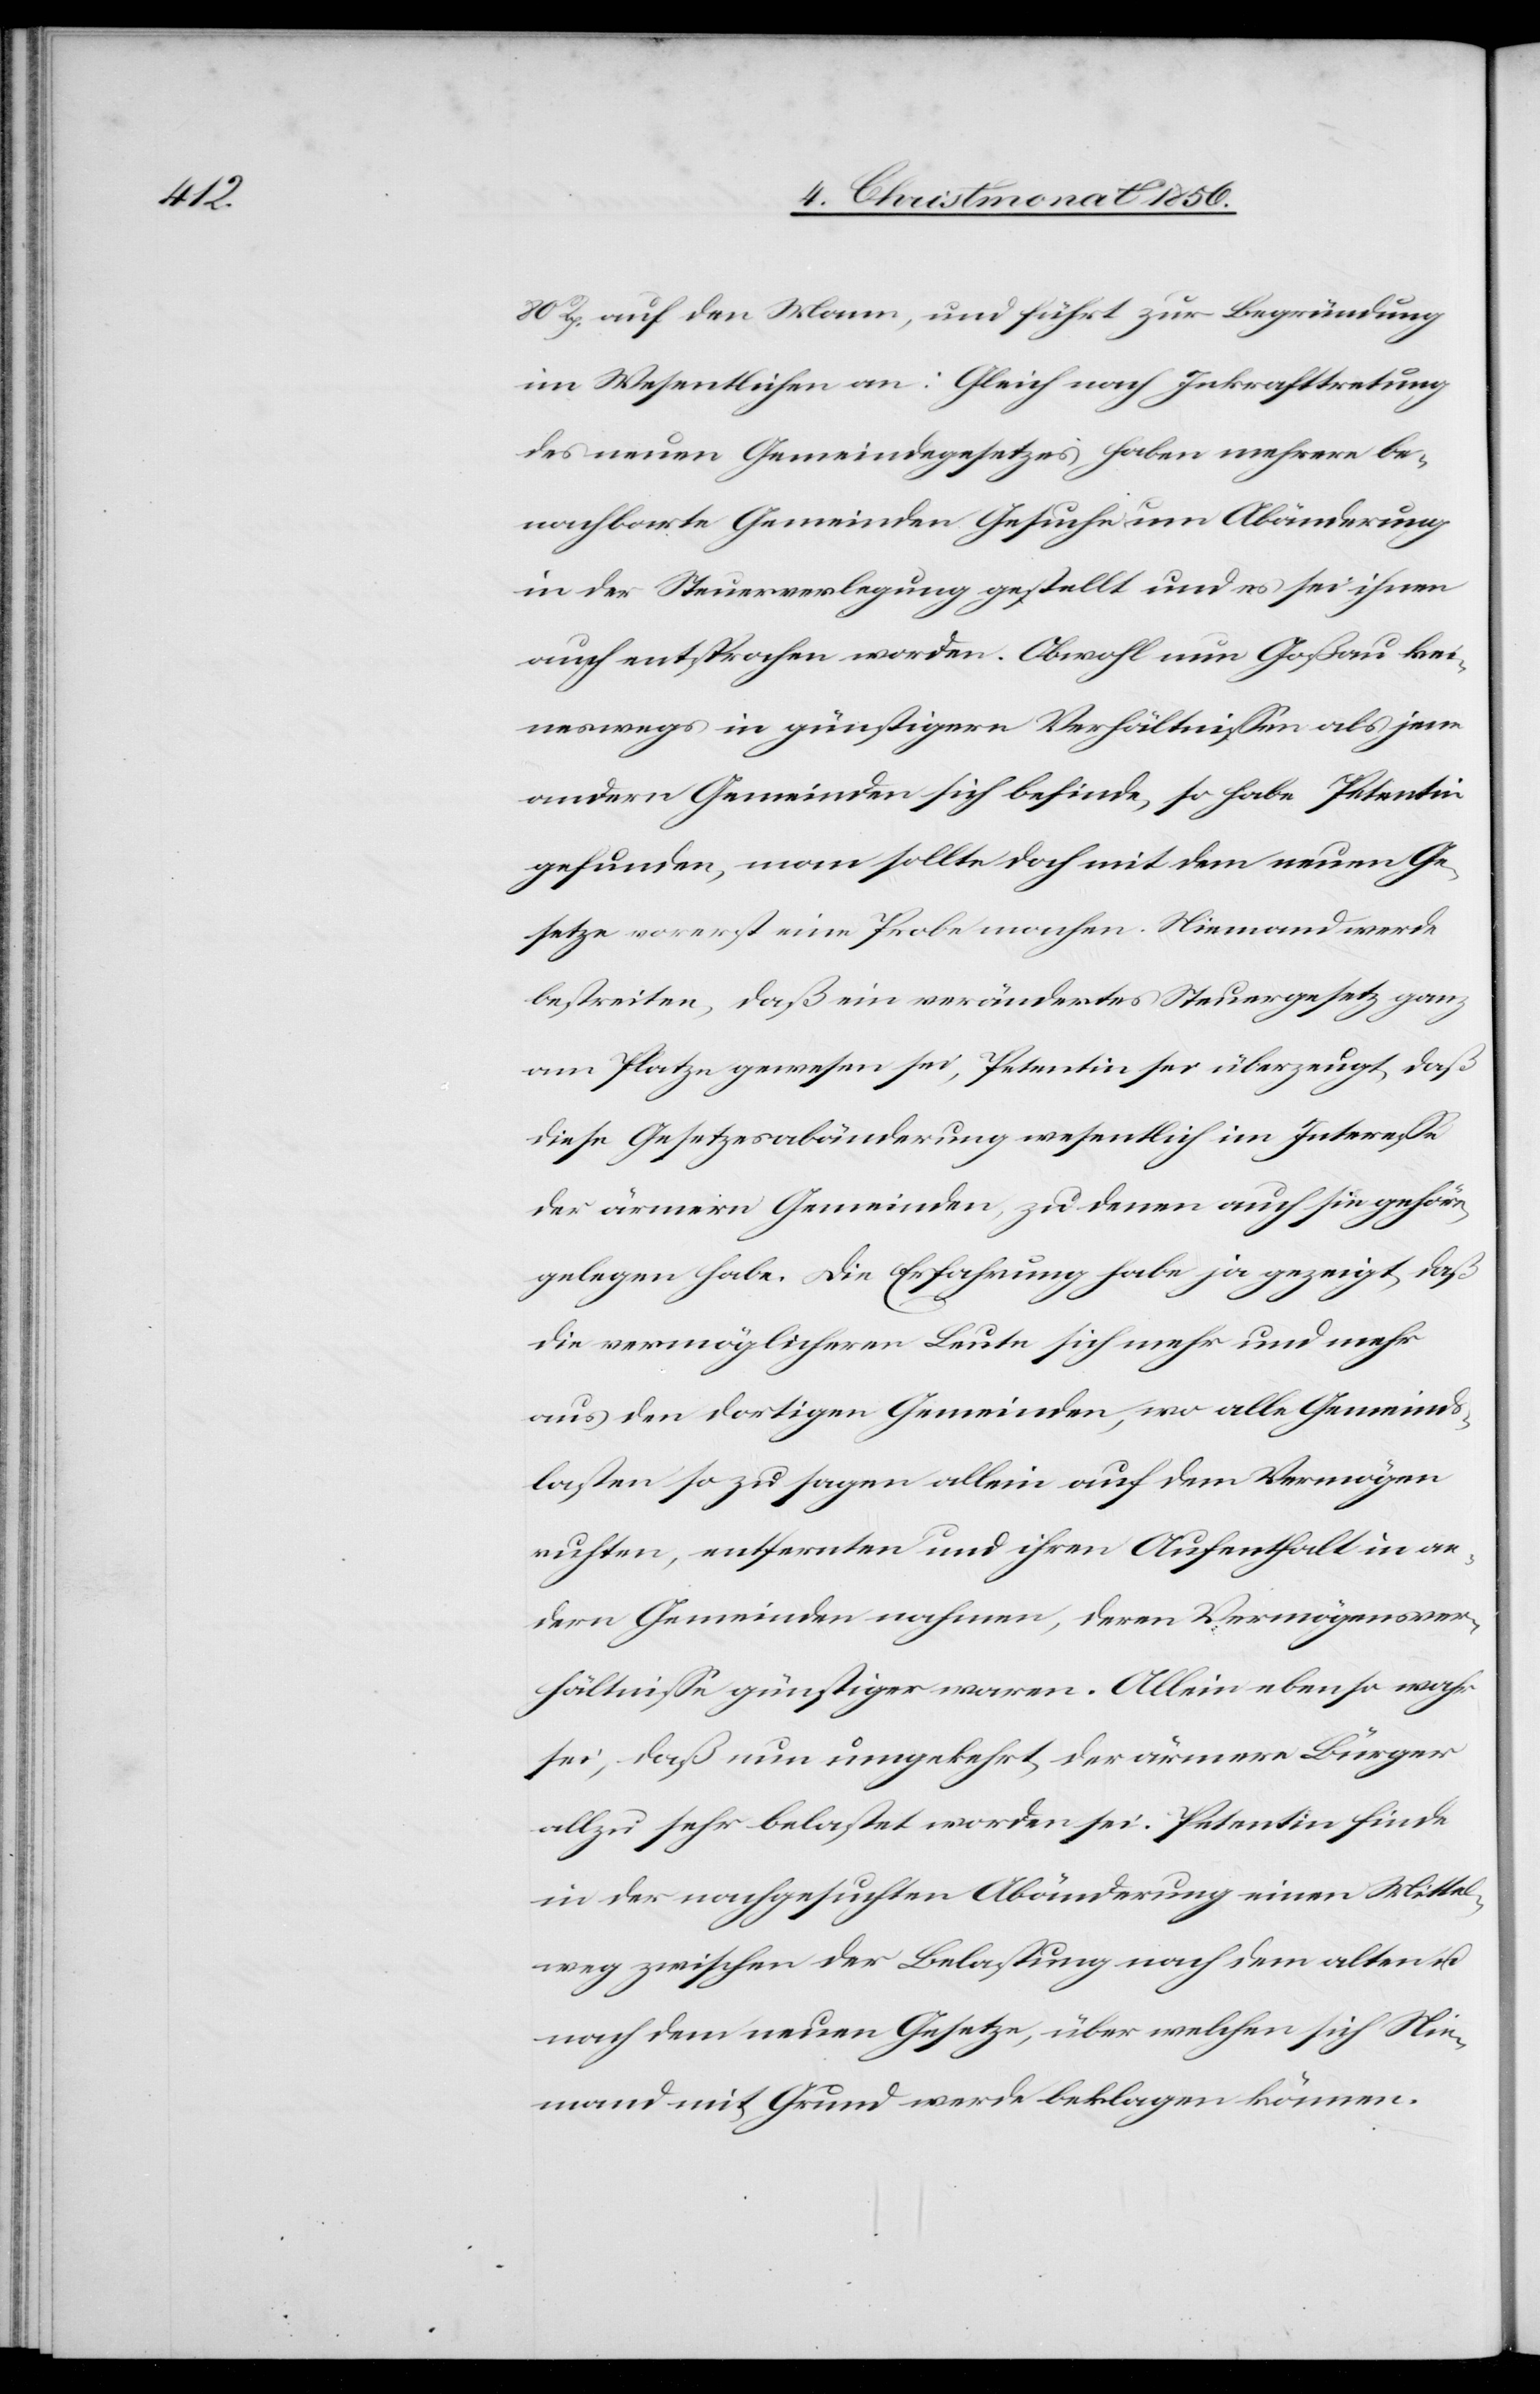
80 Rp. auf den Mann, und führt zur Begründung
im Wesentlichen an: Gleich nach Inkrafttretung
des neuen Gemeindegesetzes haben mehrere be¬
nachbarte Gemeinden Gesuche um Abänderung
in der Steuerverlegung gestellt und es sei ihnen
auch entsprochen worden. Obwohl nun Goßau kei¬
neswegs in günstigern Verhältnissen als jene
andern Gemeinden sich befinde, so habe Petentin
gefunden, man sollte doch mit dem neuen Ge¬
setze vorerst eine Probe machen. Niemand werde
bestreiten, daß ein verändertes Steuergesetz ganz
am Platze gewesen sei, Petentin sei überzeugt, daß
diese Gesetzesabänderung wesentlich im Interesse
der ärmern Gemeinden, zu denen auch sie gehöre,
gelegen habe. Die Erfahrung habe ja gezeigt, daß
die vermöglicheren Leute sich mehr und mehr
aus den dortigen Gemeinden, wo alle Gemeinds¬
lasten so zu sagen allein auf dem Vermögen
ruhten, entfernten und ihren Aufenthalt in an¬
dern Gemeinden nahmen, deren Vermögensver¬
hältnisse günstiger waren. Allein ebenso wahr
sei, daß nun umgekehrt der ärmere Bürger
allzu sehr belastet worden sei. Petentin finde
in der nachgesuchten Abänderung einen Mittel¬
weg zwischen der Belastung nach dem alten u.
nach dem neuen Gesetze, über welchen sich Nie¬
mand mit Grund werde beklagen können.